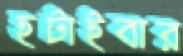
হটাইবার